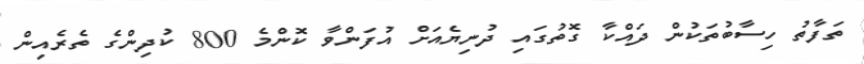
ތަފާތު ހިސާބުތަކުން ދައްކާ ގޮތުގައި ދުނިޔެއަށް އުފަންވާ ކޮންމެ 800 ކުދިންގެ ތެރެއިން